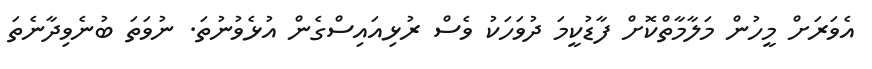
އެވަރަށް މީހުން މަލާމާތްކޮށް ފާޑުކީމަ ދުވަހަކު ވެސް ރުޅިއައިސްގެން އުޅެވުނުތަ. ނުވަތަ ބުނެވިދާނެތަ